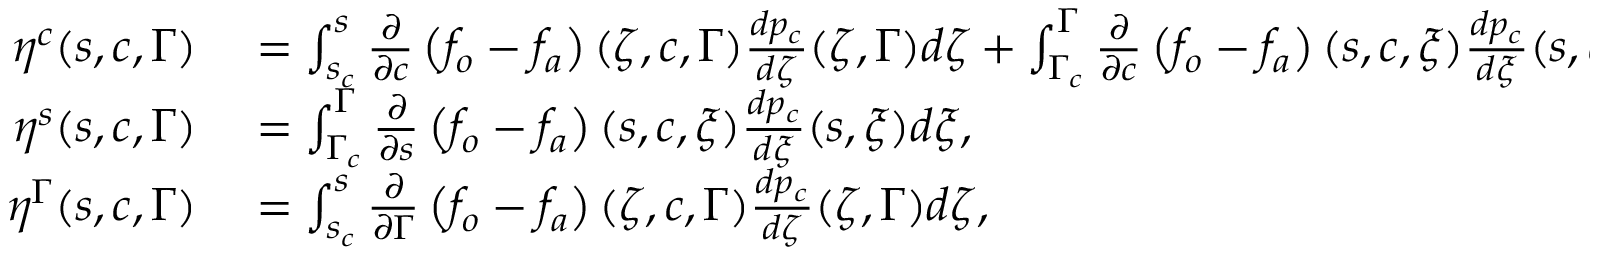
\begin{array} { r l r } { \eta ^ { c } ( s , c , \Gamma ) } & { { } = \int _ { s _ { c } } ^ { s } \frac { \ensuremath { \partial } } { \ensuremath { \partial } c } \left( f _ { o } - f _ { a } \right) ( \zeta , c , \Gamma ) \frac { d p _ { c } } { d \zeta } ( \zeta , \Gamma ) d \zeta + \int _ { \Gamma _ { c } } ^ { \Gamma } \frac { \ensuremath { \partial } } { \ensuremath { \partial } c } \left( f _ { o } - f _ { a } \right) ( s , c , \xi ) \frac { d p _ { c } } { d \xi } ( s , \xi ) d \xi , } & { } \\ { \eta ^ { s } ( s , c , \Gamma ) } & { { } = \int _ { \Gamma _ { c } } ^ { \Gamma } \frac { \ensuremath { \partial } } { \ensuremath { \partial } s } \left( f _ { o } - f _ { a } \right) ( s , c , \xi ) \frac { d p _ { c } } { d \xi } ( s , \xi ) d \xi , } & { } \\ { \eta ^ { \Gamma } ( s , c , \Gamma ) } & { { } = \int _ { s _ { c } } ^ { s } \frac { \ensuremath { \partial } } { \ensuremath { \partial } \Gamma } \left( f _ { o } - f _ { a } \right) ( \zeta , c , \Gamma ) \frac { d p _ { c } } { d \zeta } ( \zeta , \Gamma ) d \zeta , } & { } \end{array}